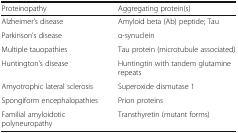
<table><thead><tr><td><b>Proteinopathy</b></td><td><b>Aggregating protein(s)</b></td></tr></thead><tbody><tr><td>Alzheimer’s disease</td><td>Amyloid beta (Ab) peptide; Tau</td></tr><tr><td>Parkinson’s disease</td><td>α-synuclein</td></tr><tr><td>Multiple tauopathies</td><td>Tau protein (microtubule associated)</td></tr><tr><td>Huntington’s disease</td><td>Huntingtin with tandem glutamine repeats</td></tr><tr><td>Amyotrophic lateral sclerosis</td><td>Superoxide dismutase 1</td></tr><tr><td>Spongiform encephalopathies</td><td>Prion proteins</td></tr><tr><td>Familial amyloidotic polyneuropathy</td><td>Transthyretin (mutant forms)</td></tr></tbody></table>